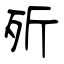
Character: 歽